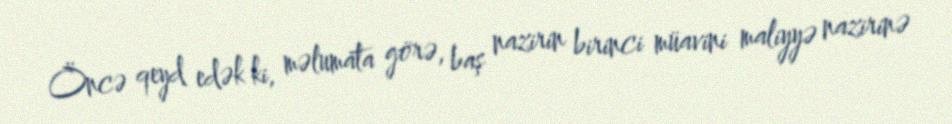
Öncə qeyd edək ki, məlumata görə, baş nazirin birinci müavini maliyyə nazirinə